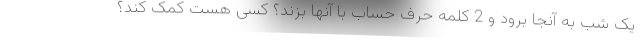
یک شب به آنجا برود و 2 کلمه حرف حساب با آنها بزند؟ کسی هست کمک کند؟